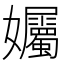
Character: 孎